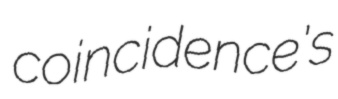
coincidence's